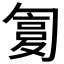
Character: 𠣸